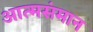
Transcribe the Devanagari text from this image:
आत्मसंमान